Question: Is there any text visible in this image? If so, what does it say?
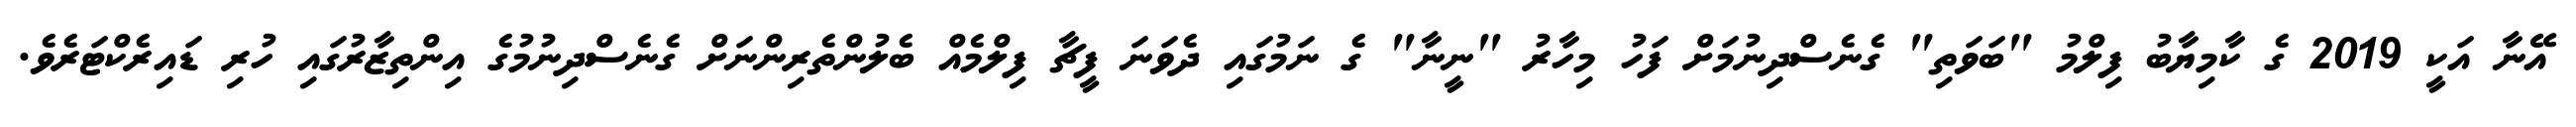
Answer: އޭނާ އަކީ 2019 ގެ ކާމިޔާބު ފިލްމު "ބަވަތި" ގެނެސްދިނުމަށް ފަހު މިހާރު "ނީނާ" ގެ ނަމުގައި ދެވަނަ ފީޗާ ފިލްމެއް ބެލުންތެރިންނަށް ގެނެސްދިނުމުގެ އިންތިޒާރުގައި ހުރި ޑައިރެކްޓަރެވެ.